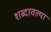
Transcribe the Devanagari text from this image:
शब्दावल्या